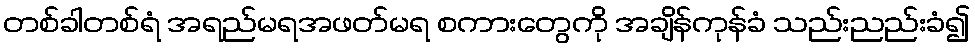
တစ်ခါတစ်ရံ အရည်မရအဖတ်မရ စကားတွေကို အချိန်ကုန်ခံ သည်းညည်းခံ၍